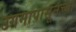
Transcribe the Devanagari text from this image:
उगमापासूनच्या